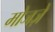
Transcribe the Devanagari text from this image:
मोजज़े